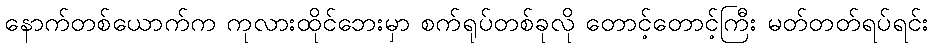
နောက်တစ်ယောက်က ကုလားထိုင်ဘေးမှာ စက်ရုပ်တစ်ခုလို တောင့်တောင့်ကြီး မတ်တတ်ရပ်ရင်း